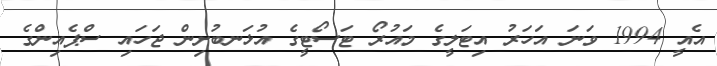
އެއީ 1994 ވަނަ އަހަރު އިޓަލީގެ މައުރޯ ޓަސޯޓީގެ އުޅަނބުށިން ޖަހައި ސްޕެއިންގެ